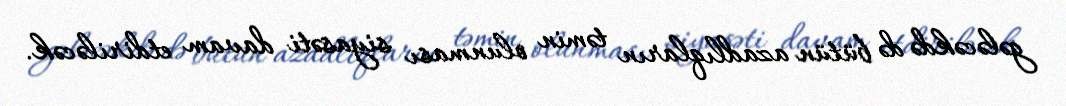
gələcəkdə də bütün azadlıqların təmin olunması siyasəti davam etdiriləcək.